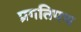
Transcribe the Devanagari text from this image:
प्रगतिपथ